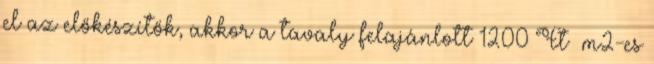
el az előkészítők, akkor a tavaly felajánlott 1200 Ft m2-es